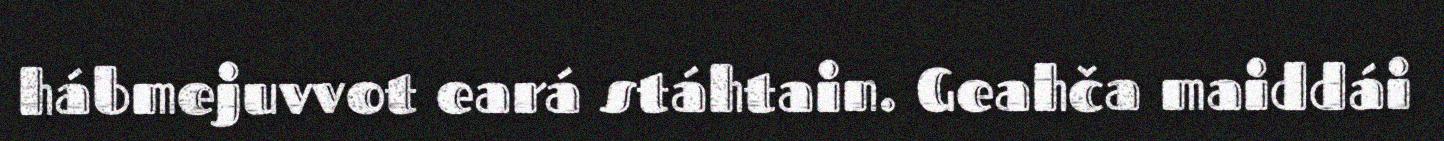
hábmejuvvot eará stáhtain. Geahča maiddái